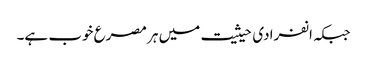
جبکہ انفرادی حیثیت میں ہر مصرع خوب ہے۔